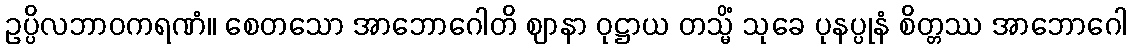
ဥပ္ပိလဘာဝကရဏံ။ စေတသော အာဘောဂေါတိ ဈာနာ ဝုဋ္ဌာယ တသ္မိံ သုခေ ပုနပ္ပုနံ စိတ္တဿ အာဘောဂေါ